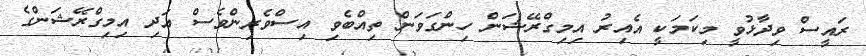
ރައީސް ވިދާޅުވީ މިކަމަކީ އެއިރު އިމިގްރޭޝަން ހިންގަވަން ތިއްބެވި އިސްވެރިންވެސް އަދި އިމިގްރޭޝަންގެ